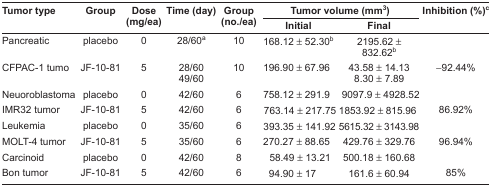
| <ROWSPAN=2> Tumor type | <ROWSPAN=2> Group | <ROWSPAN=2> Dose (mg/ea) | <ROWSPAN=2> Time (day) | <ROWSPAN=2> Group (no./ea) | <COLSPAN=2> Tumor volume (mm3) | <ROWSPAN=2> Inhibition (%)c |
 | Initial | Final |
 | --- | --- | --- | --- | --- | --- | --- | --- |
 | Pancreatic | placebo | 0 | 28/60a | 10 | 168.12 ± 52.30b | 2195.62 ± 832.62b |  |
 | CFPAC-1 tumo | JF-10-81 | 5 | 28/6049/60 | 10 | 196.90 ± 67.96 | 43.58 ± 14.138.30 ± 7.89 | −92.44% |
 | Neuoroblastoma | placebo | 0 | 42/60 | 6 | 758.12 ± 291.9 | 9097.9 ± 4928.52 |  |
 | IMR32 tumor | JF-10-81 | 5 | 42/60 | 6 | 763.14 ± 217.75 | 1853.92 ± 815.96 | 86.92% |
 | Leukemia | placebo | 0 | 35/60 | 6 | 393.35 ± 141.92 | 5615.32 ± 3143.98 |  |
 | MOLT-4 tumor | JF-10-81 | 5 | 35/60 | 6 | 270.27 ± 88.65 | 429.76 ± 329.76 | 96.94% |
 | Carcinoid | placebo | 0 | 42/60 | 8 | 58.49 ± 13.21 | 500.18 ± 160.68 |  |
 | Bon tumor | JF-10-81 | 5 | 42/60 | 6 | 94.90 ± 17 | 161.6 ± 60.94 | 85% |